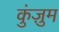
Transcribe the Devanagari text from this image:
कुंज़ुम